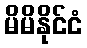
မိမိနိုင်ငံ